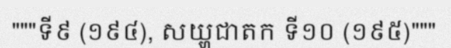
"""ទី៩ (១៩៤), សយ្ហជាតក ទី១០ (១៩៥)"""